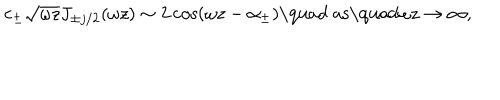
LaTeX: c _ { \pm } \sqrt { \omega z } J _ { \pm j / 2 } ( \omega z ) \sim 2 \cos ( \omega z - \alpha _ { \pm } ) \textrm { \quad a s \quad } \omega z \to \infty ,